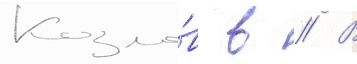
Козло́в в // В